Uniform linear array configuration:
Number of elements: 4
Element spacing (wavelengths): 0.75
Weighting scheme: binomial
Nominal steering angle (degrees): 60
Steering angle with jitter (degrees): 58.157
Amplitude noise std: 0.05
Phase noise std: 0.05

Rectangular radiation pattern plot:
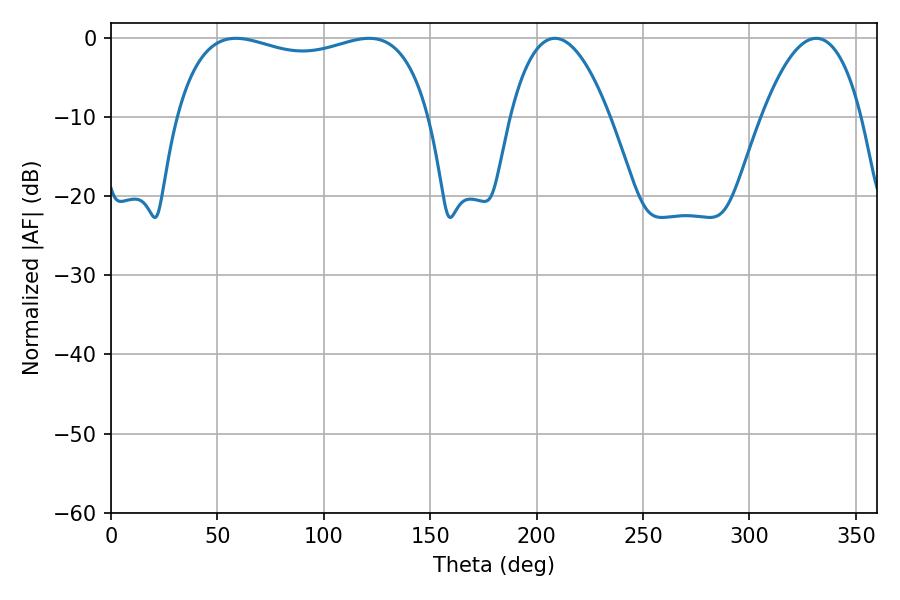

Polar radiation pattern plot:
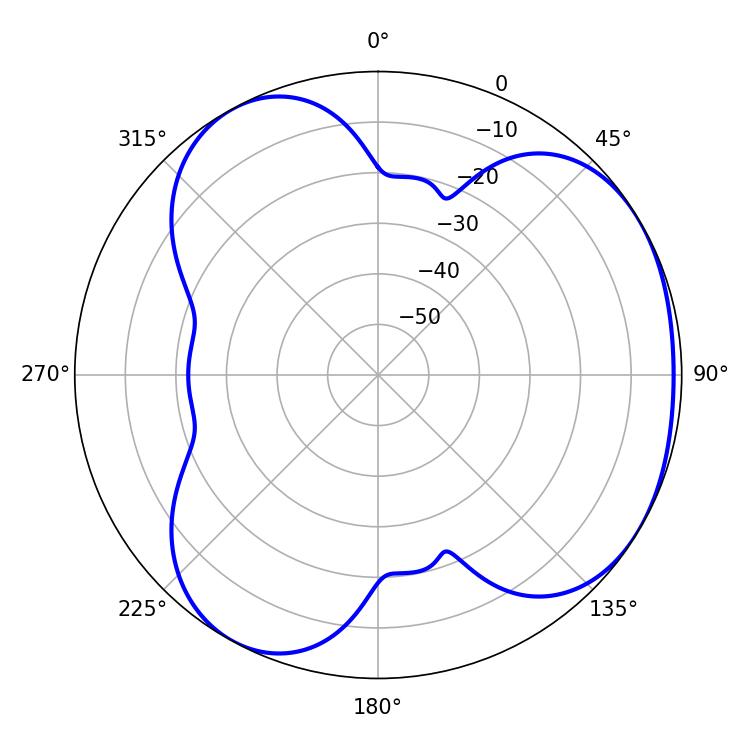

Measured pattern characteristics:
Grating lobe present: TRUE
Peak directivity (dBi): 3.803
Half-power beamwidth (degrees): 25.92
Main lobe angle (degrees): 208.62